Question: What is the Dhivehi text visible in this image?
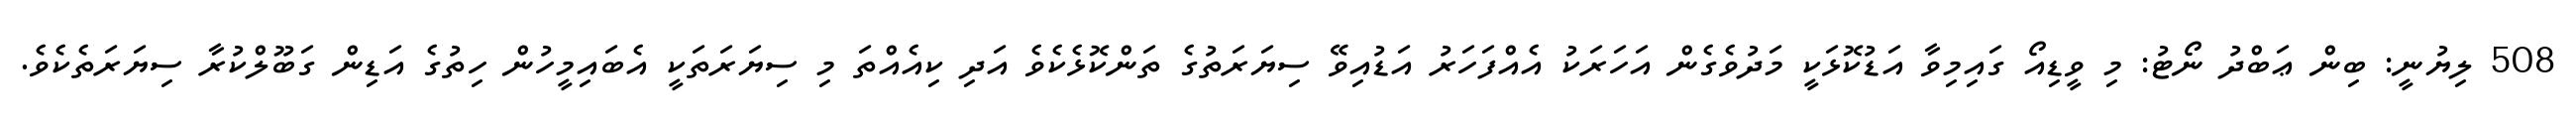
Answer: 508 ލިޔުނީ: ބިން ޢަބްދު ނޯޓު: މި ވީޑިއޯ ގައިމިވާ އަޑުކޮޅަކީ މަދުވެގެން އަހަރަކު އެއްފަހަރު އަޑުއިވޭ ސިޔަރަތުގެ ތަންކޮޅެކެވެ އަދި ކިއެއްތަ މި ސިޔަރަތަކީ އެބައިމީހުން ހިތުގެ އަޑިން ގަބޫލްކުރާ ސިޔަރަތެކެވެ.